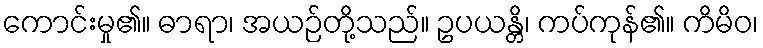
ကောင်းမှု၏။ ဓာရာ၊ အယဉ်တို့သည်။ ဥပယန္တိ၊ ကပ်ကုန်၏။ ကိမိဝ၊